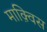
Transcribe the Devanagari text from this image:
माक़्विस